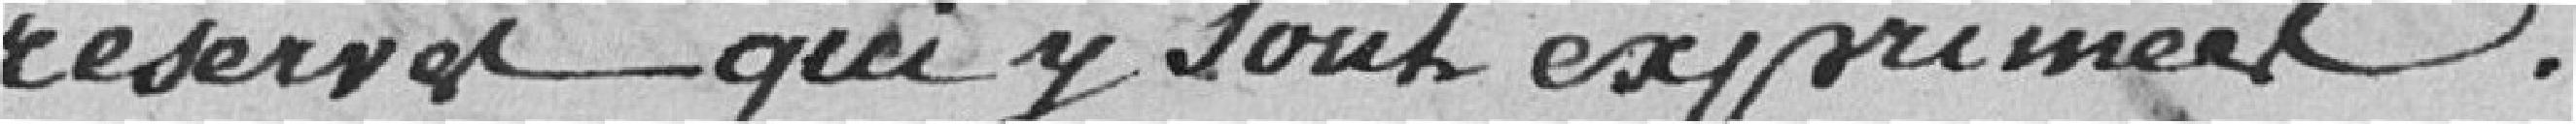
réserves qui y sont exprimées